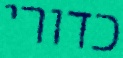
כדורי